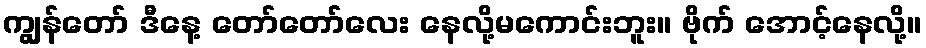
ကျွန်တော် ဒီနေ့ တော်တော်လေး နေလို့မကောင်းဘူး။ ဗိုက် အောင့်နေလို့။